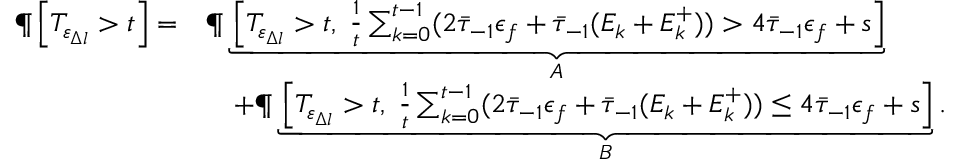
\begin{array} { r l } { \P \left[ T _ { \varepsilon _ { \Delta l } } > t \right] = } & { \P \underbrace { \left[ T _ { \varepsilon _ { \Delta l } } > t , \; \frac { 1 } { t } \sum _ { k = 0 } ^ { t - 1 } ( 2 \bar { \tau } _ { - 1 } \epsilon _ { f } + \bar { \tau } _ { - 1 } ( E _ { k } + E _ { k } ^ { + } ) ) > 4 \bar { \tau } _ { - 1 } \epsilon _ { f } + s \right] } _ { A } } \\ & { \quad + \P \underbrace { \left[ T _ { \varepsilon _ { \Delta l } } > t , \; \frac { 1 } { t } \sum _ { k = 0 } ^ { t - 1 } ( 2 \bar { \tau } _ { - 1 } \epsilon _ { f } + \bar { \tau } _ { - 1 } ( E _ { k } + E _ { k } ^ { + } ) ) \leq 4 \bar { \tau } _ { - 1 } \epsilon _ { f } + s \right] } _ { B } . } \end{array}